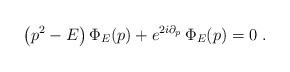
LaTeX: \begin{align*}\left( p^{2}-E\right) \Phi _{E}(p)+e^{2i\partial _{p}}\,\Phi _{E}(p)=0\;.\end{align*}